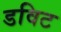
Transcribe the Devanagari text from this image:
डविट